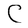
Character: C